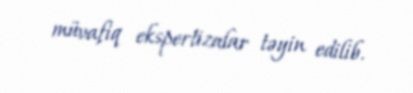
müvafiq ekspertizalar təyin edilib.